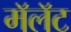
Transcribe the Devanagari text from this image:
मॅलॅट